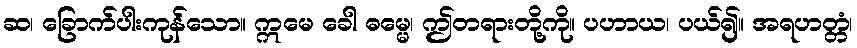
ဆ၊ ခြောက်ပါးကုန်သော။ ဣမေ ခေါ ဓမ္မေ၊ ဤတရားတို့ကို။ ပဟာယ၊ ပယ်၍။ အရဟတ္တံ၊